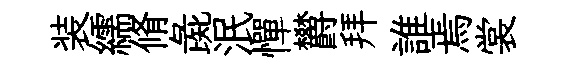
装繻脩彘泯憚欝拜誰焉裳